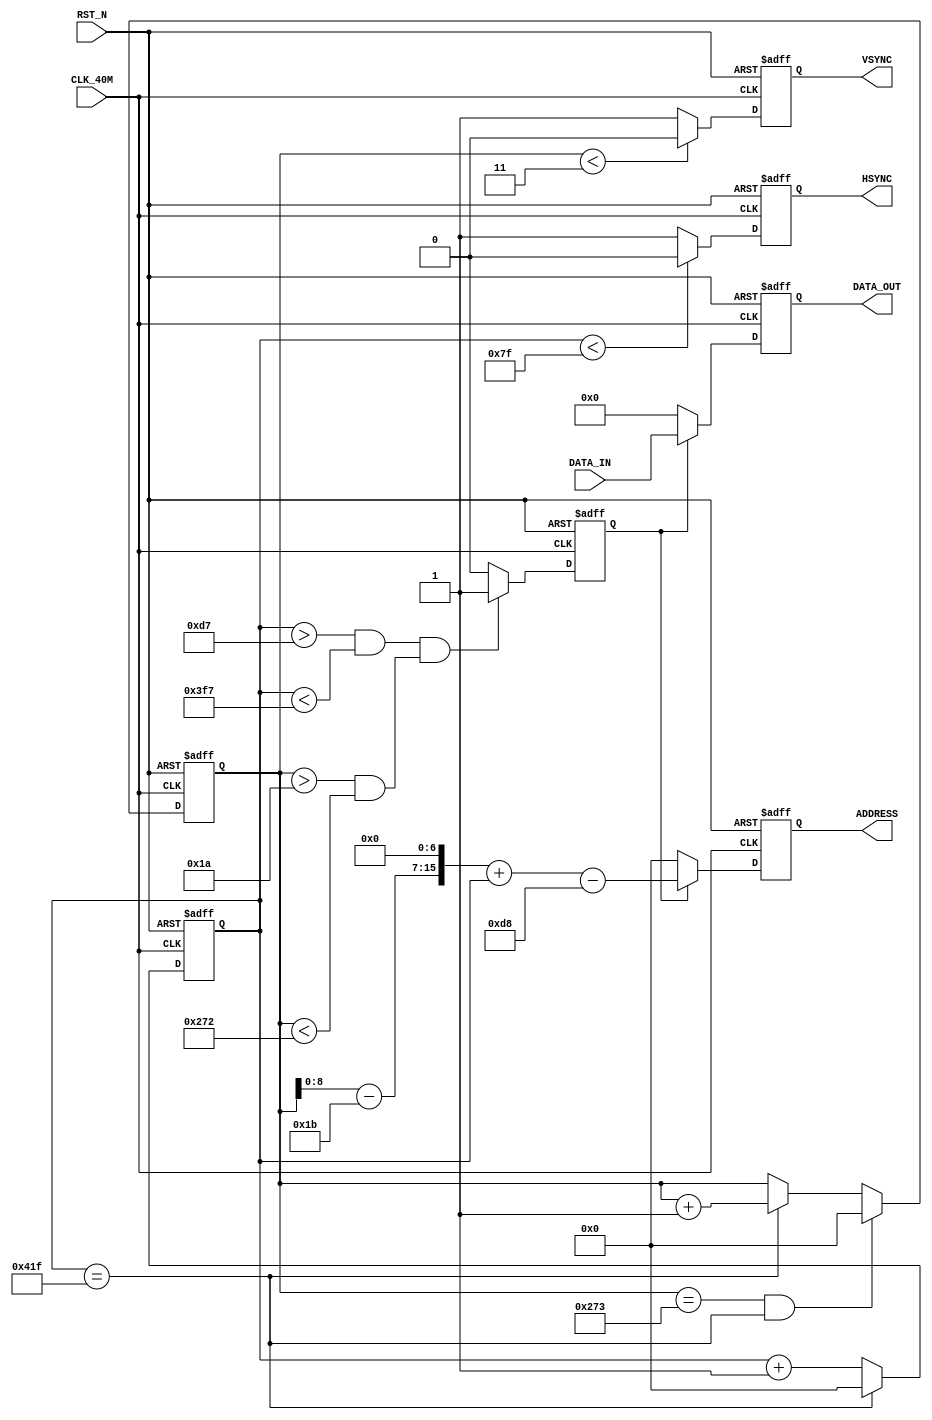
//---------------------------------------------------------------------------
//-- Horizonal timing information
`define HSYNC_A   16'd128  // 128
`define HSYNC_B   16'd216  // 128 + 88
`define HSYNC_C   16'd1016 // 128 + 88 + 800
`define HSYNC_D   16'd1056 // 128 + 88 + 800 + 40
//-- Vertical  timing information
`define VSYNC_O   16'd4    // 4 
`define VSYNC_P   16'd27   // 4 + 23
`define VSYNC_Q   16'd627  // 4 + 23 + 600
`define VSYNC_R   16'd628  // 4 + 23 + 600 + 1

//---------------------------------------------------------------------------
module VGA
(
	//
	CLK_40M,RST_N,DATA_IN,
	//
	VSYNC,HSYNC,ADDRESS,DATA_OUT
);
//---------------------------------------------------------------------------
//--	
//---------------------------------------------------------------------------
input 				CLK_40M;					//
input 				RST_N;					//,
input		[7:0]		DATA_IN;			//VGA
output 				VSYNC;					//VGA
output 				HSYNC;					//VGA
output 	[15:0]	ADDRESS;					
output  	[7:0]		DATA_OUT;				//VGA
//---------------------------------------------------------------------------
//--	
//---------------------------------------------------------------------------
reg 		[15:0] 	hsync_cnt;				//
reg 		[15:0]	hsync_cnt_n;			//hsync_cnt
reg 		[15:0] 	vsync_cnt;				//
reg 		[15:0] 	vsync_cnt_n;			//vsync_cnt
//reg 		[ 7:0] 	DATA_OUT;				//RGB
reg 		[7:0] 	DATA_OUT_n;				//RGB
reg		[15:0]	ADDRESS_n;				//	
reg 					VSYNC;					//
reg					VSYNC_n;					//VSYNC
reg 					HSYNC;					//
reg					HSYNC_n;					//HSYNC
reg 					vga_data_en;			//RGB		
reg 					vga_data_en_n;			//vga_data_en
//---------------------------------------------------------------------------
//--	
//---------------------------------------------------------------------------
parameter X_SIZE = 128 ,Y_SIZE = 96 ;	//
//---------------------------------------------------------------------------
//--
//---------------------------------------------------------------------------
//,hsync_cnt
always @ (posedge CLK_40M or negedge RST_N)
begin
	if(!RST_N)									//
		hsync_cnt <= 16'b0;					//hsync_cnt
	else
		hsync_cnt <= hsync_cnt_n;			//hsync_cnt
end

//,
always @ (*)
begin
	if(hsync_cnt == `HSYNC_D - 1)				//
		hsync_cnt_n = 16'b0;					//,
	else
		hsync_cnt_n = hsync_cnt + 1'b1;	//,
end

//,vsync_cnt
always @ (posedge CLK_40M or negedge RST_N)
begin
	if(!RST_N)									//
		vsync_cnt <= 16'b0;					//
	else
		vsync_cnt <= vsync_cnt_n;			//
end

//,
always @ (*)
begin
	if((vsync_cnt == `VSYNC_R - 1) && (hsync_cnt == `HSYNC_D - 1))//
		vsync_cnt_n = 16'b0;					//,
	else if(hsync_cnt == `HSYNC_D - 1)		//
		vsync_cnt_n = vsync_cnt + 1'b1;	//,
	else
		vsync_cnt_n = vsync_cnt;			//,
end

//,HSYNC
always @ (posedge CLK_40M or negedge RST_N)
begin
	if(!RST_N)									//
		HSYNC <= 1'b0;							//HSYNC
	else
		HSYNC <= HSYNC_n;						//HSYNC
end

//HSYNC_A0,HSYNC_B+HSYNC_C+HSYNC_D1
always @ (*)
begin	
	if(hsync_cnt < `HSYNC_A - 1)				//
		HSYNC_n = 1'b0;						//HSYNC_A,0
	else
		HSYNC_n = 1'b1;						//HSYNC_A,1
end

//,VSYNC
always @ (posedge CLK_40M or negedge RST_N)
begin
	if(!RST_N)									//
		VSYNC <= 1'b0;							//VSYNC
	else
		VSYNC <= VSYNC_n;						//VSYNC
end

//VSYNC_A0,VSYNC_P+VSYNC_Q+VSYNC_R1
always @ (*)
begin	
	if(vsync_cnt < `VSYNC_O - 1)				//
		VSYNC_n = 1'b0;						//VSYNC_O,0
	else
		VSYNC_n = 1'b1;						//VSYNC_O,1
end

//,vga_data_en
always @ (posedge CLK_40M or negedge RST_N)
begin
	if(!RST_N)									//
		vga_data_en <= 1'b0;					//vga_data_en
	else
		vga_data_en <= vga_data_en_n;		//vga_data_en
end

//>216&&<1017&&>27&&<627
always @ (*)
begin
	if((hsync_cnt > (`HSYNC_B - 1) && hsync_cnt < (`HSYNC_C -1 )) && 
		(vsync_cnt > (`VSYNC_P - 1 ) && vsync_cnt < (`VSYNC_Q - 1 )))
		vga_data_en_n = 1'b1;				//1
	else
		vga_data_en_n = 1'b0;				//0
end
//---------------------------------------------------------------------------
//--	
//---------------------------------------------------------------------------
always@(posedge CLK_40M or negedge RST_N)
begin
	if(!RST_N)
	begin
		ADDRESS_n <= 16'b0;
		DATA_OUT_n <= 8'b0;
	end
	else if(vga_data_en)
	begin
		ADDRESS_n <= ((vsync_cnt - `VSYNC_P) << 7 ) + hsync_cnt - `HSYNC_B ;
		DATA_OUT_n <= DATA_IN ;
	end
	else
	begin
		ADDRESS_n <= 16'b0;
		DATA_OUT_n <= 8'b0 ;
	end
end

assign DATA_OUT = DATA_OUT_n ;
assign ADDRESS = ADDRESS_n;





endmodule